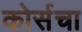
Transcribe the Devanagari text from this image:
कोर्सचा